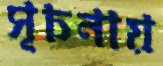
সূচনায়